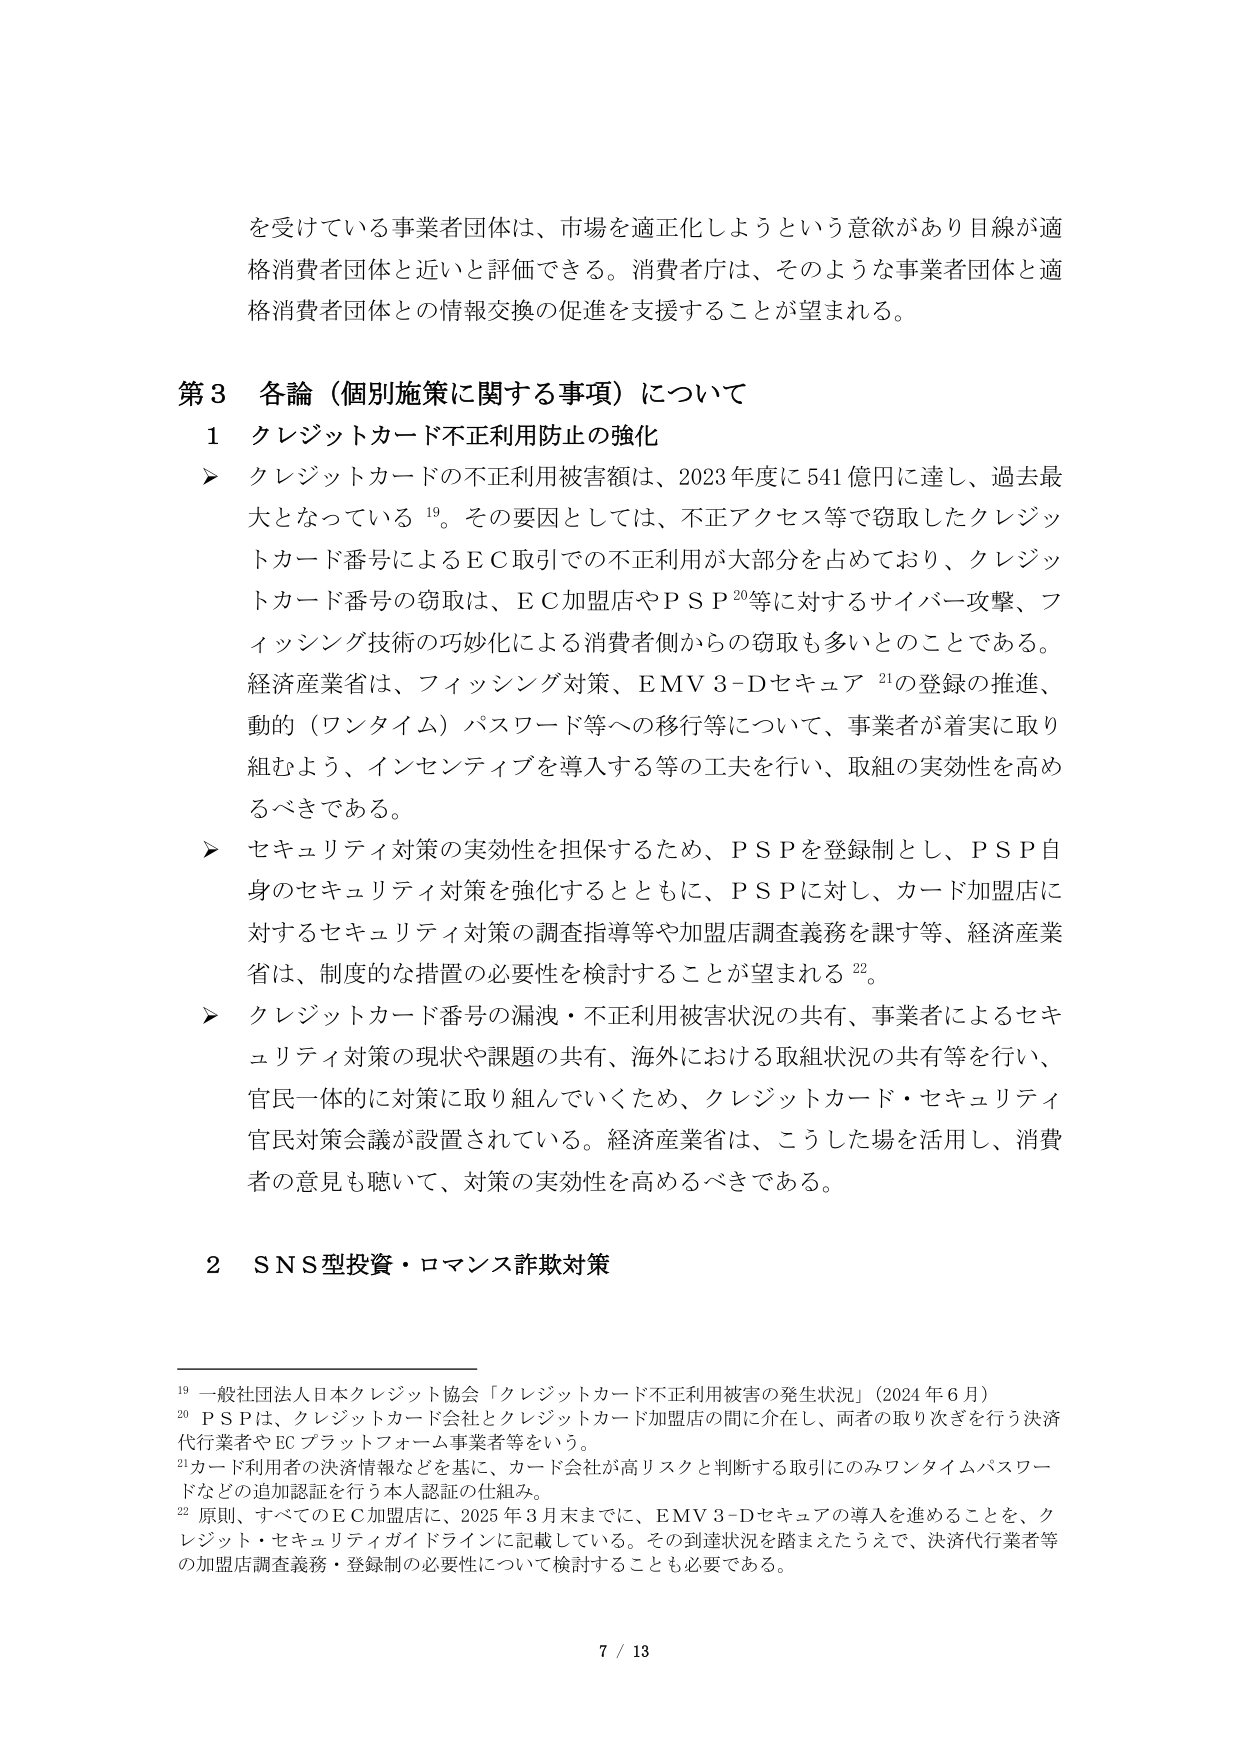
を受けていている事業者団体は、市場を適正化しようという意欲があり目線が適
格消費者団体と近いと評価できる。消費者庁は、そのような事業者団体と適
格消費者団体との情報交換の促進を支援することが望まれる。

第3 各論（個別施策に関する事項）について
1 クレジットカード不正利用防止の強化
➤ クレジットカードの不正利用被害額は、2023年度に541億円に達し、過去最
大となっている 19。その要因としては、不正アクセス等で窃取したクレジッ
トカード番号によるＥＣ取引での不正利用が大部分を占めており、クレジッ
トカード番号の窃取は、ＥＣ加盟店やＰＳＰ 20等に対するサイバー攻撃、フ
ィッシング技術の巧妙化による消費者側からの窃取も多いとのことである。
経済産業省は、フィッシング対策、ＥＭＶ3－Ｄセキュア 21の登録の推進、
動的（ワンタイム）パスワード等への移行等について、事業者が着実に取り
組むよう、インセンティブを導入する等の工夫を行い、取組の実効性を高め
るべきである。
➤ セキュリティ対策の実効性を担保するため、ＰＳＰを登録制とし、ＰＳＰ自
身のセキュリティ対策を強化するとともに、ＰＳＰに対し、カード加盟店に
対するセキュリティ対策の調査指導等や加盟店調査義務を課す等、経済産業
省は、制度的な措置の必要性を検討することが望まれる 22。
➤ クレジットカード番号の漏洩・不正利用被害状況の共有、事業者によるセキ
ュリティ対策の現状や課題の共有、海外における取組状況の共有等を行い、
官民一体的に対策に取り組んでいくため、クレジットカード・セキュリティ
官民対策会議が設置されている。経済産業省は、こうした場を活用し、消費
者の意見も聴いて、対策の実効性を高めるべきである。

2 ＳＮＳ型投資・ロマンス詐欺対策

19 一般社団法人日本クレジット協会「クレジットカード不正利用被害の発生状況」（2024年6月）
20 ＰＳＰは、クレジットカード会社とクレジットカード加盟店の間に介在し、両者の取り次ぎを行う決済
代行業者やＥＣプラットフォーム事業者等をいう。
21 カード利用者の決済情報などを基に、カード会社が高リスクと判断する取引にのみワンタイムパスワー
ドなどの追加認証を行う本人認証の仕組み。
22 原則、すべてのＥＣ加盟店に、2025年3月末までに、ＥＭＶ3－Ｄセキュアの導入を進めることを、ク
レジット・セキュリティガイドラインに記載している。その到達状況を踏まえたうえで、決済代行業者等
の加盟店調査義務・登録制の必要性について検討することも必要である。

7 / 13